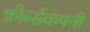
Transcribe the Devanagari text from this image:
फ़ोर्ब्सकंपनी